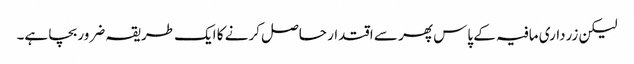
لیکن زرداری مافیہ کے پاس پھر سے اقتدار حاصل کرنے کا ایک طریقہ ضرور بچا ہے۔